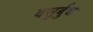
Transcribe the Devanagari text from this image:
वसुर्बुधः